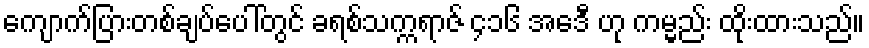
ကျောက်ပြားတစ်ချပ်ပေါ်တွင် ခရစ်သက္ကရာဇ် ၄၁၆ အေဒီ ဟု ကမ္မည်း ထိုးထားသည်။